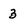
Character: 3